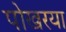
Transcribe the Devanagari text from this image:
पोखरया